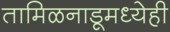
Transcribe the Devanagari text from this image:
तामिळनाडूमध्येही